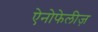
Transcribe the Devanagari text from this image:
ऐनोफेलीज़